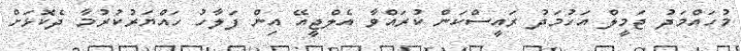
މުހައްމަދު ޖަމީލް އަހުމަދު ރައީސްކަން ކުރައްވާ އެލްޖީއޭ އިން ފަލާހު ހައްޔަރުކުރުމާ ދެކޮޅަށް